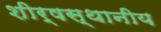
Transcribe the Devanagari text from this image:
शीर्षस्थानीय